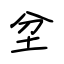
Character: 坌